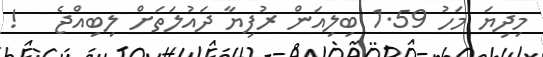
މިދިޔަ މަހު 1.59 ބިލިއަން ރުފިޔާ ދައުލަތަށް ލިބިއްޖެ   !